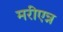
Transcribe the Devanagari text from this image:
मरीएन्न